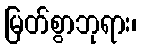
မြတ်စွာဘုရား၊